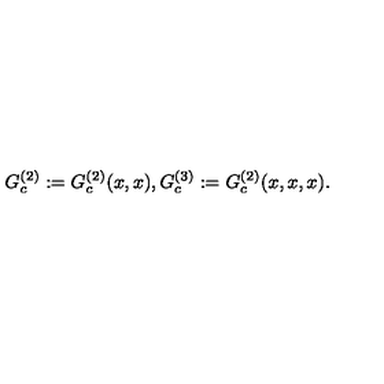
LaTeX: G _ { c } ^ { ( 2 ) } : = G _ { c } ^ { ( 2 ) } ( x , x ) , G _ { c } ^ { ( 3 ) } : = G _ { c } ^ { ( 2 ) } ( x , x , x ) .